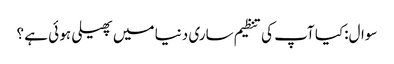
سوال:کیا آپ کی تنظیم ساری دنیا میں پھیلی ہو ئی ہے ؟